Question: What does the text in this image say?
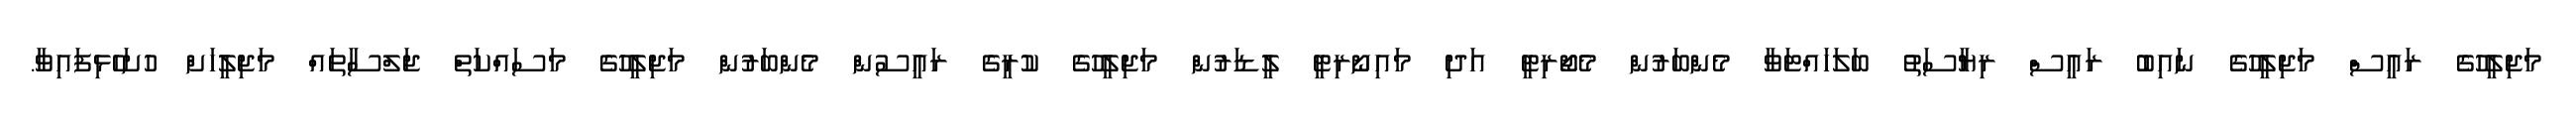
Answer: މަޖިލީހުގެ ރައީސް މަޖިލީހުގެ ނައިބު ރައީސް ރިޔާސަތު ބަލަހައްޓަވާ މެންބަރުން މެޖޯރިޓީ އަދި މައިނޯރިޓީ ލީޑަރުން މަޖިލީހުގެ ކުރީގެ ރައީސުން މެންބަރުން މަޖިލީހުގެ މަސައްކަތް ޖަލްސާތައް މަޖިލީހަށް ހުށަހެޅިފައިވާ.